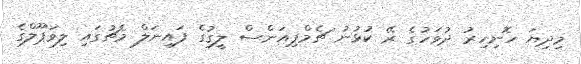
މިދިޔަ ހޮނިހިރު ދުވަހުގެ ރޭ ކުޅުނު ޗެމްޕިއަންސް ލީގުގެ ފައިނަލް މެޗުގައި ލިވަޕޫލްގެ